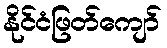
နိုင်ငံဖြတ်ကျော်